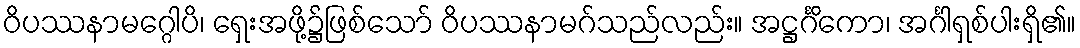
ဝိပဿနာမဂ္ဂေါပိ၊ ရှေးအဖို့၌ဖြစ်သော် ဝိပဿနာမဂ်သည်လည်း။ အဋ္ဌင်္ဂိကော၊ အင်္ဂါရှစ်ပါးရှိ၏။